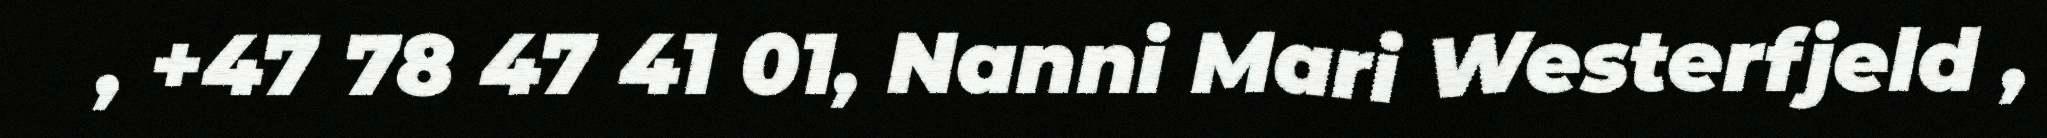
, +47 78 47 41 01, Nanni Mari Westerfjeld ,